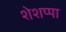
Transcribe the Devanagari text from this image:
शेशप्पा